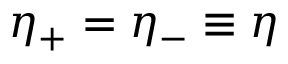
\eta _ { + } = \eta _ { - } \equiv \eta